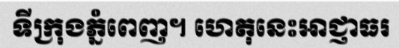
ទីក្រុងភ្នំពេញ។ ហេតុនេះអាជ្ញាធរ